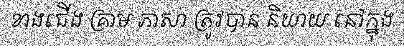
ខាងជើង គ្រាម ភាសា ត្រូវបាន និយាយ នៅក្នុង